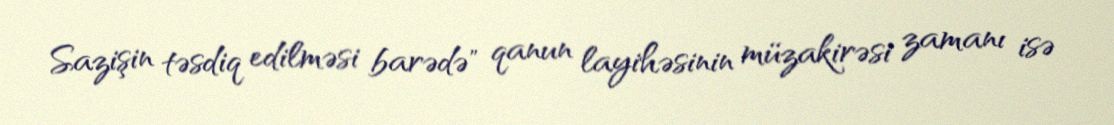
Sazişin təsdiq edilməsi barədə" qanun layihəsinin müzakirəsi zamanı isə